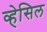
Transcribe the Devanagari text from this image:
व्हेसिल